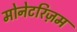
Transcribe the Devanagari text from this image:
मोनेटरिज़म